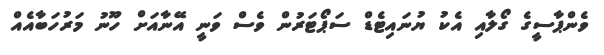
ވެންޕާސީގެ ގޯލާއި އެކު ޔުނައިޓެޑް ސަޕޯޓަރުން ވެސް ވަނީ އޭނާއަށް ހޫނު މަރުހަބާއެއް